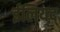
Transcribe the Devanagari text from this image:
ईलियद्